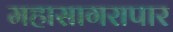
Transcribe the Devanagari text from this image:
महासागरापार